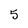
Character: 5